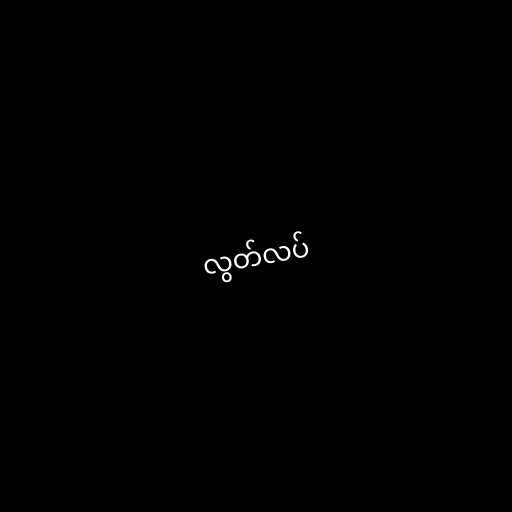
လွတ်လပ်